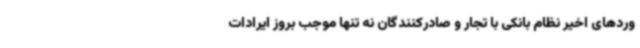
وردهای اخیر نظام بانکی با تجار و صادرکنندگان نه تنها موجب بروز ایرادات